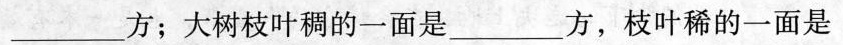
___方；大树枝叶稠的一面是___方，枝叶稀的一面是